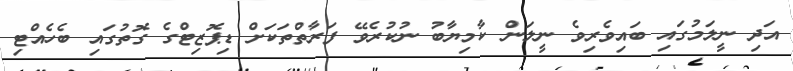
އަދި ނީލަމުގައި ބައިވެރިވެ ނީލަން ކާމިޔާބު ނުކުރެވޭ ފަރާތްތަކަށް ޑިޕޮޒިޓްގެ ގޮތުގައި ބެހެއްޓި